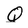
Character: Q